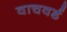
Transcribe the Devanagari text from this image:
वाचवर्ड